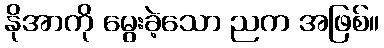
နိုအာကို မွေးခဲ့သော ညက အဖြစ်။